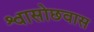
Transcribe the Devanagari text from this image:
श्वासोछवास